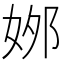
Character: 𡜙